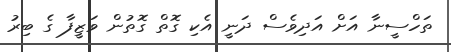
ތަހްސީނާ އަށް އަދިވެސް ދަނީ އެކި ގޮތް ގޮތުން ވަޒީފާ ގެ ބިރު